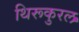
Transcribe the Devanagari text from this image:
थिरूकुरल